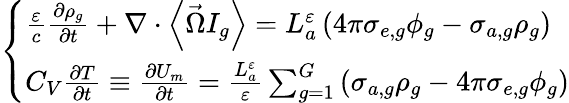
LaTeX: \left\{ \begin{array}{l}{{\frac{\varepsilon}{c}\frac{\partial\rho_{g}}{\partial t}+\nabla\cdot\left\langle\vec{\Omega}I_{g}\right\rangle=L_{a}^{\varepsilon}\left(4\pi\sigma_{e,g}\phi_{g}-\sigma_{a,g}\rho_{g}\right)}}\\ {{C_{V}\frac{\partial T}{\partial t}\equiv\frac{\partial U_{m}}{\partial t}=\frac{L_{a}^{\varepsilon}}{\varepsilon}\sum_{g=1}^{G}\left(\sigma_{a,g}\rho_{g}-4\pi\sigma_{e,g}\phi_{g}\right)}}\end{array}\right.